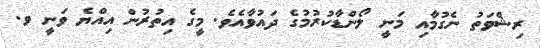
ރިޝްވަތު ނެގުމާއި މަނީ ލޯންޑާކުރުމުގެ ދައުވާއެވެ. މީގެ އިތުރުން އިއްޔެ ވަނީ ވ.